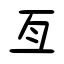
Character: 亙